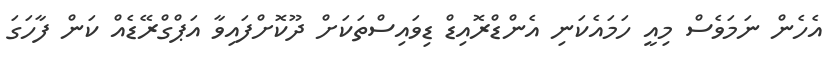
އެހެން ނަމަވެސް މިއީ ހަމައެކަނި އެންޑްރޮއިޑް ޑިވައިސްތަކަށް ދޫކޮށްފައިވާ އަޕްގްރޭޑެއް ކަން ފާހަގަ